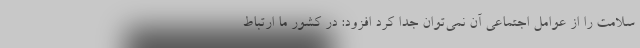
سلامت را از عوامل اجتماعی آن نمی‌توان جدا کرد افزود: در کشور ما ارتباط